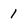
Character: 1